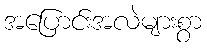
အပြောင်းအလဲများစွာ